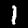
Label: 1